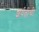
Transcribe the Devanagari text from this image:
शर्यतींची